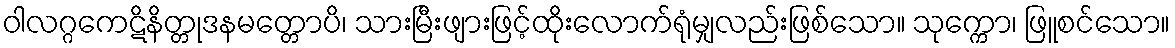
ဝါလဂ္ဂကေဋိနိတ္တုဒနမတ္တောပိ၊ သားမြီးဖျားဖြင့်ထိုးလောက်ရုံမျှလည်းဖြစ်သော။ သုက္ကော၊ ဖြူစင်သော။